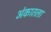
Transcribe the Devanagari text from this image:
अंकातला